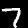
Digit: 7